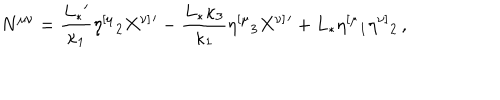
LaTeX: N ^ { \mu \nu } = { \frac { L _ { * } { } ^ { \prime } } { \kappa _ { 1 } } } \eta ^ { [ \mu } { } _ { 2 } X ^ { \nu ] } { } ^ { \prime } - { \frac { L _ { * } \kappa _ { 3 } } { \kappa _ { 1 } } } \eta ^ { [ \mu } { } _ { 3 } X ^ { \nu ] } { } ^ { \prime } + L _ { * } \eta ^ { [ \mu } { } _ { 1 } \eta ^ { \nu ] } { } _ { 2 } \, ,